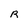
Character: R